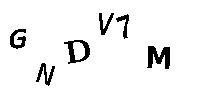
GNDV7M